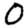
Digit: 0